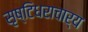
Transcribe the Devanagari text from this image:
सृष्टिधराचार्य